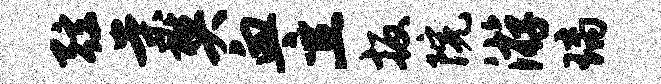
弦案樊血立扳院游璃